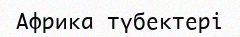
Африка түбектері